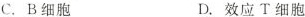
C.B细胞 D.效应T细胞